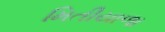
મિતીયાળા